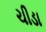
ચીડા